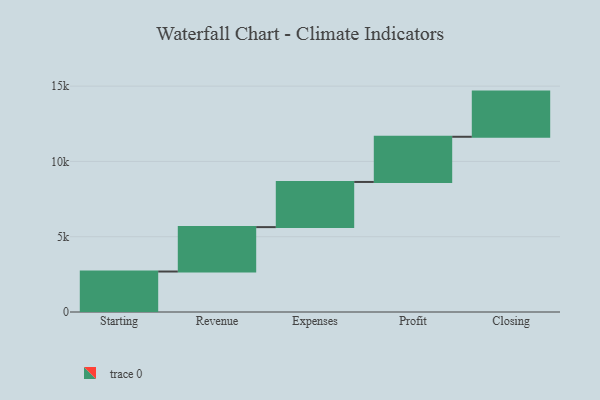
{"axis": {"x": "Step", "y": "Value"}, "legend": [""], "data": [{"x": "Starting", "y": 2688.0, "type": ""}, {"x": "Revenue", "y": 2949.0, "type": ""}, {"x": "Expenses", "y": 3000, "type": ""}, {"x": "Profit", "y": 3000, "type": ""}, {"x": "Closing", "y": 3000, "type": ""}]}